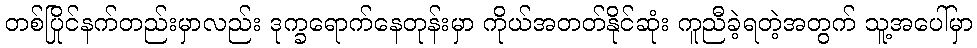
တစ်ပြိုင်နက်တည်းမှာလည်း ဒုက္ခရောက်နေတုန်းမှာ ကိုယ်အတတ်နိုင်ဆုံး ကူညီခဲ့ရတဲ့အတွက် သူ့အပေါ်မှာ